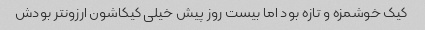
کیک خوشمزه و تازه بود اما بیست روز پیش خیلی کیکاشون ارزونتر بودش